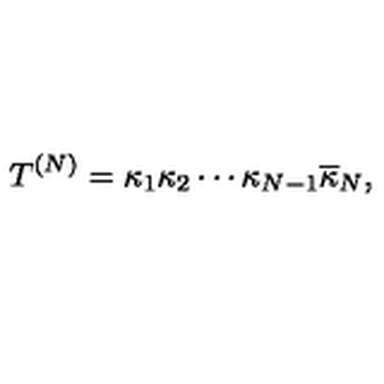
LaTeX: T ^ { ( N ) } = \kappa _ { 1 } \kappa _ { 2 } \cdots \kappa _ { N - 1 } \overline { { \kappa } } _ { N } ,